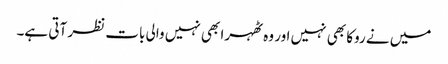
میں نے روکا بھی نہیں اور وہ ٹھہرا بھی نہیں والی بات نظر آتی ہے۔